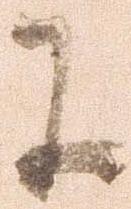
に